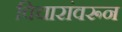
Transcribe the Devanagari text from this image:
विचारांवरून